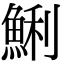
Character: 鯏